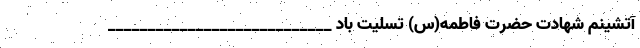
آتشینم شهادت حضرت فاطمه(س) تسلیت باد ____________________________